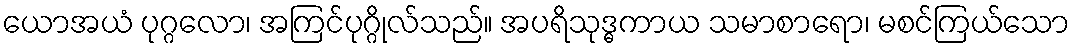
ယောအယံ ပုဂ္ဂလော၊ အကြင်ပုဂ္ဂိုလ်သည်။ အပရိသုဒ္ဓကာယ သမာစာရော၊ မစင်ကြယ်သော